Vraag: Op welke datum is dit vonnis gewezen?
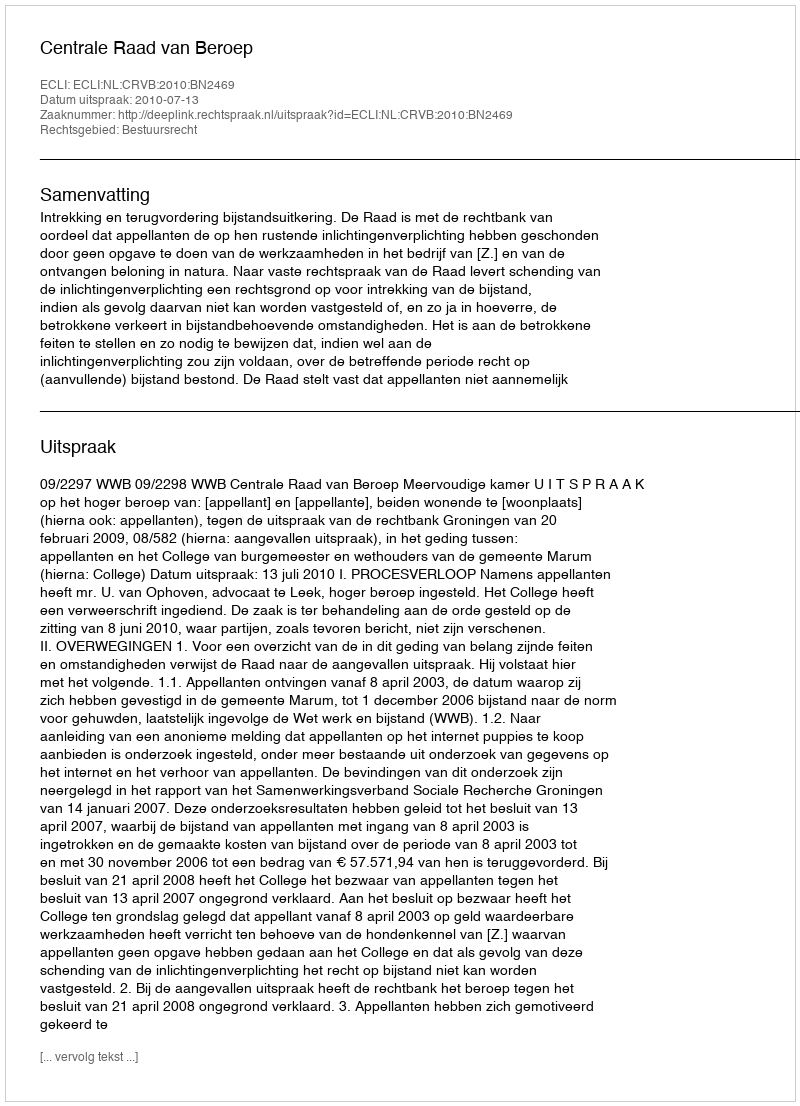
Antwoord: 2010-07-13